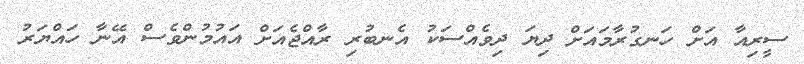
ސީރިއާ އަށް ހަނގުރާމައަށް ދިޔަ ދިވެއްސަކު އެނބުރި ރާއްޖެއަށް އައުމުންވެސް އޭނާ ހައްޔަރު